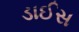
ડાઈસ